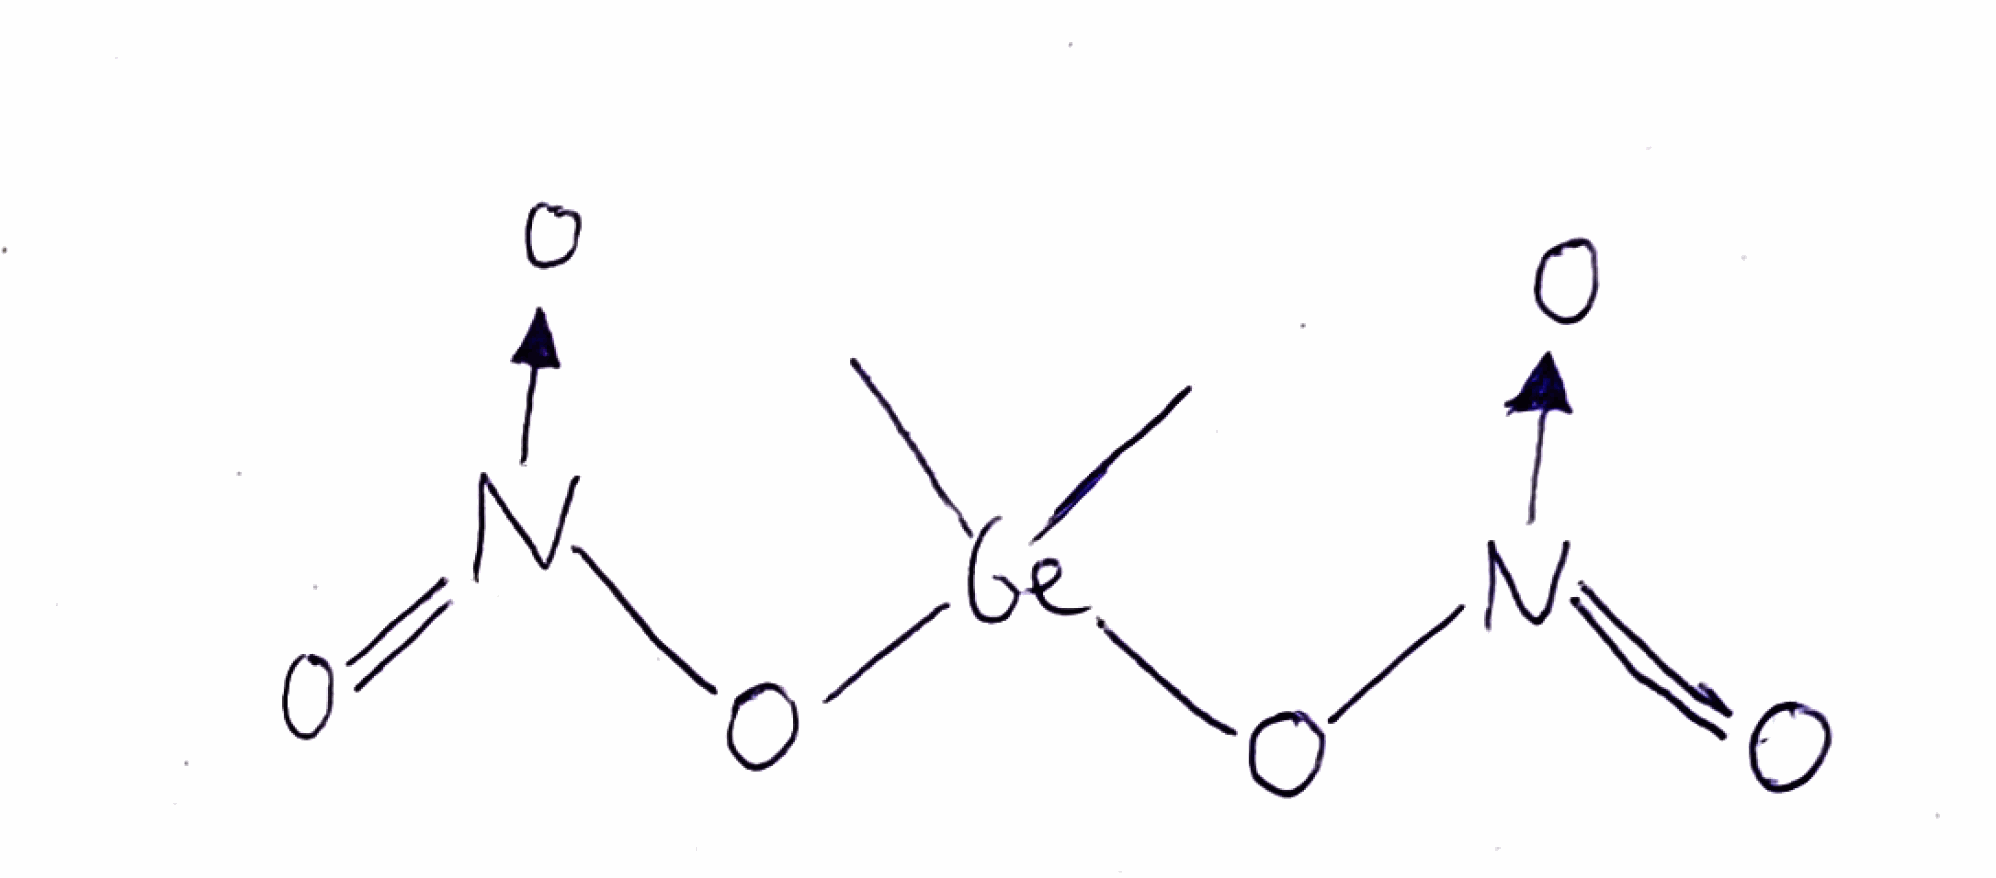
Simplified molecular-input line-entry system (SMILES) notation of the given molecule:
C[Ge](C)(O[N+](=O)[O-])O[N+](=O)[O-]